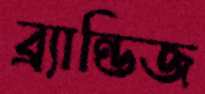
ব্র্যান্ডিজ